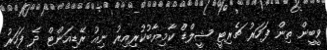
ވީބީން ތިން ފަހަރު ޗެރިޓީ ޝީލްޑް ކާމިޔާބުކުރިއިރު ނިއު ރޭޑިއަންޓް ދެ ފަހަރު